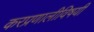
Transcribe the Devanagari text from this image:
करप्रणालीविषयी